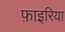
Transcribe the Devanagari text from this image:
फ़ाइरिया